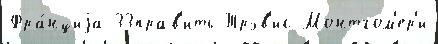
Фра́нциjа 33прав'ить Трэв'ис Монтгом'ер'и